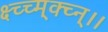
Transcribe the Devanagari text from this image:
क्ष्च्च्म्क्च्न्।।